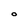
Character: O